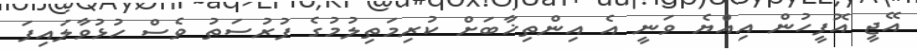
އޭޖީ އޮފީހުން އިއްޔެ ވަނީ އެ އިންތިޚާބަށް ކުރިމަތިލުމުގެ ފުރުސަތު ވެސް ހުޅުވާލައިފަ